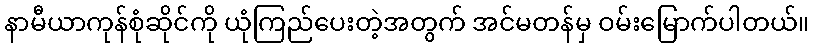
နာမီယာကုန်စုံဆိုင်ကို ယုံကြည်ပေးတဲ့အတွက် အင်မတန်မှ ဝမ်းမြောက်ပါတယ်။